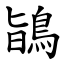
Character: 鴲